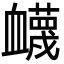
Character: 衊